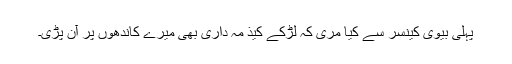
پہلی بیوی کینسر سے کیا مری کہ لڑکے کیذ مہ داری بھی میرے کاندھوں پر آن پڑی۔